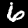
Digit: 6